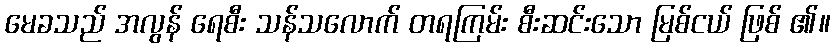
မေခသည် အလွန် ရေစီး သန်သလောက် တရကြမ်း စီးဆင်းသော မြစ်ငယ် ဖြစ် ၏။